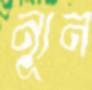
ন্যূন